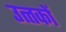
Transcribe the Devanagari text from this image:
उत्त्कों